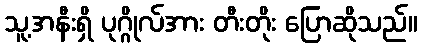
သူ့အနီးရှိ ပုဂ္ဂိုလ်အား တီးတိုး ပြောဆိုသည်။